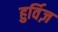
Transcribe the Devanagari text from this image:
हुर्विज़